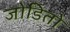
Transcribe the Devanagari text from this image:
जोडितो